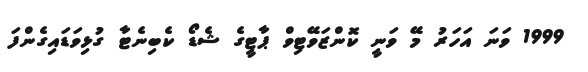
1999 ވަނަ އަހަރު މޭ ވަނީ ކޮންޒަވޭޓިވް ޕާޓީގެ ޝެޑޯ ކެބިނެޓާ ގުޅިވަޑައިގެންފަ